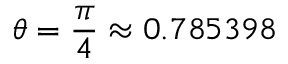
\theta = \frac { \pi } { 4 } \approx 0 . 7 8 5 3 9 8